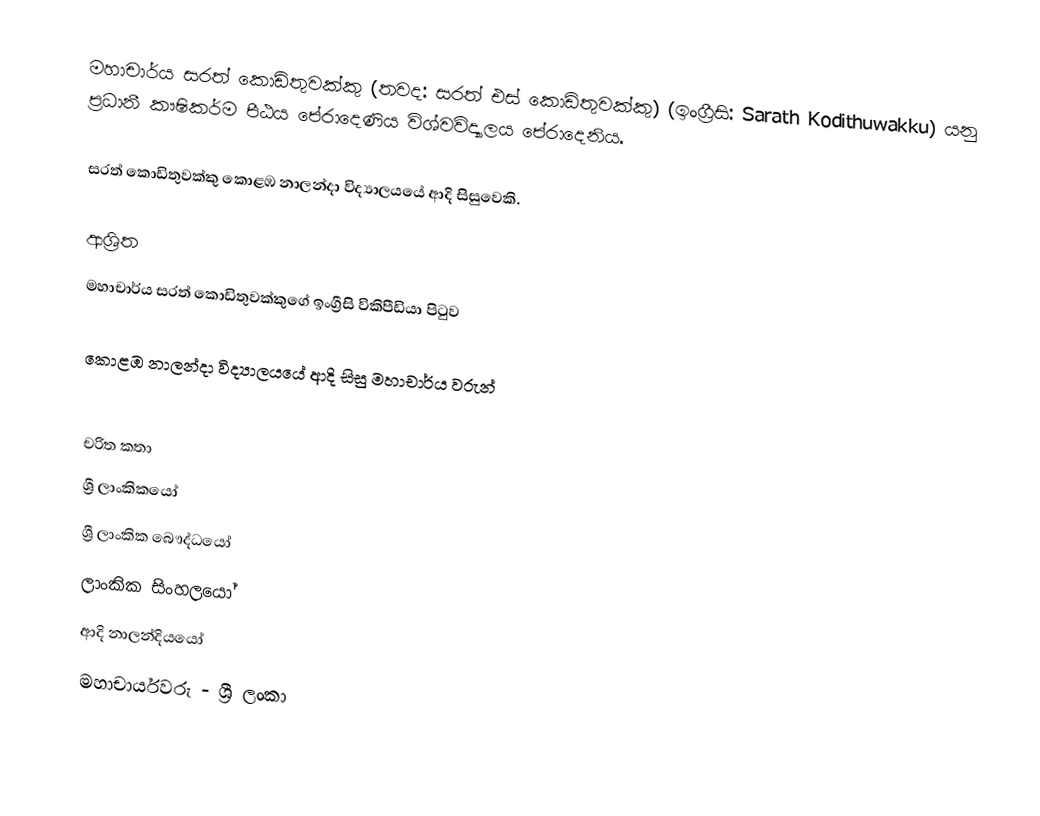
මහාචාර්ය සරත් කොඩිතුවක්කු  (තවද: සරත් එස් කොඩිතුවක්කු) (ඉංග්‍රීසි: Sarath Kodithuwakku) යනු ප්‍රධානී කෟෂිකර්ම පීඨය පේරාදෙණිය‍ විශ්වවිද්‍යාලය පේරාදෙනිය.

සරත් කොඩිතුවක්කු  කොළඹ නාලන්දා විද්‍යාලයයේ ආදි සිසුවෙකි.

ආශ්‍රිත
  මහාචාර්ය සරත් කොඩිතුවක්කුගේ ඉංග්‍රීසි විකිපීඩියා පිටුව

 කොළඹ නාලන්දා විද්‍යාලයයේ ආදි සිසු මහාචාර්ය වරුන්

චරිත කතා
ශ්‍රී ලාංකිකයෝ
ශ්‍රී ලාංකික බෞද්ධයෝ
ලාංකික සිංහලයෝ
ආදි නාලන්දියයෝ
මහාචාර්යවරු - ශ්‍රී ලංකා